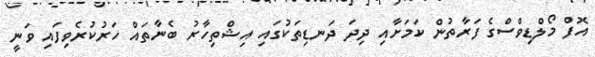
އޮފް މޯލްޑިވްސްގެ ފަރާތުން ކަމަށާއި ދިދަ ދަނޑިތަކުގައި އިޝްތިހާރު ބެނާތައް ހަރުކުރެވިފައި ވަނީ